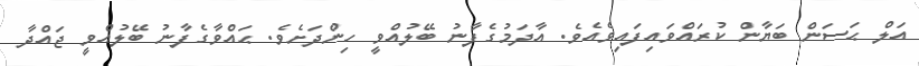
އަލް ޙަސަން ބަޔާން ކުރައްވައިފައިވެއެވެ. އާދަމުގެފާނު ބޭލުއްވީ ހިންދަށެވެ. ޙައްވާގެފާނު ބޭލުއްވީ ޖައްދާ